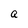
Character: a